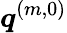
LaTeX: \boldsymbol q^{(m,0)}